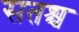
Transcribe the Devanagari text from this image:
सतश्च